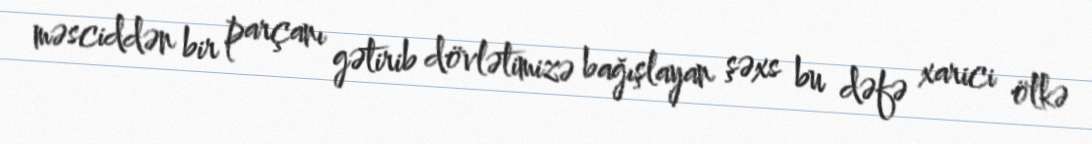
məsciddən bir parçanı gətirib dövlətimizə bağışlayan şəxs bu dəfə xarici ölkə